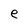
Character: e